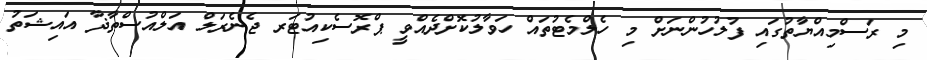
މި ރަސްމިއްޔާތުގައި ފުލުހުންނަށް މި ހެލްމެޓުތައް ހަވާލުކޮށްދެއްވީ ޕްރޮސެކިއުޓަރ ޖެނެރަލް އަލްއުސްތާޛާ އައިޝަތު